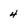
Character: 4